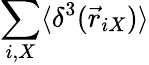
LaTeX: \sum_{i,X}\langle\delta^{3}(\vec{r}_{iX})\rangle